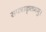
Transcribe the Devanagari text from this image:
सपत्राकृतममु।